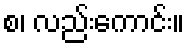
စ၊ လည်းကောင်း။